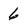
Character: 6